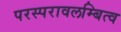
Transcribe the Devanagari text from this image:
परस्परावलम्बित्व